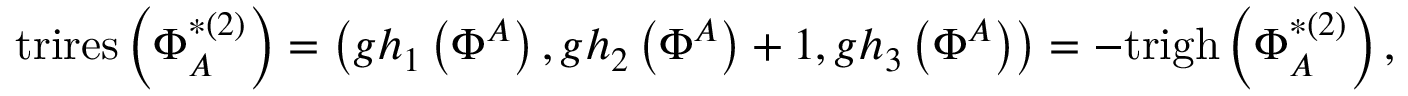
\mathrm { t r i r e s } \left( \Phi _ { A } ^ { * ( 2 ) } \right) = \left( g h _ { 1 } \left( \Phi ^ { A } \right) , g h _ { 2 } \left( \Phi ^ { A } \right) + 1 , g h _ { 3 } \left( \Phi ^ { A } \right) \right) = - \mathrm { t r i g h } \left( \Phi _ { A } ^ { * ( 2 ) } \right) ,